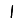
Digit: 1